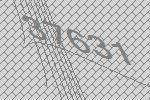
37631